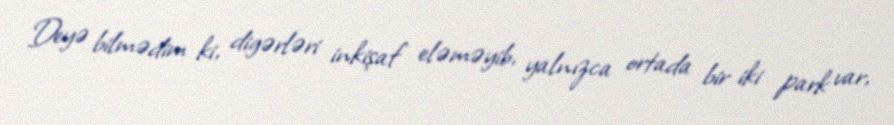
Deyə bilmədim ki, digərləri inkişaf eləməyib, yalnızca ortada bir iki park var,